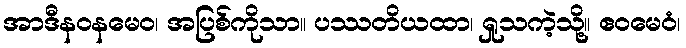
အာဒီနဝနမေဝ၊ အပြစ်ကိုသာ။ ပဿတိယထာ၊ ရှုသကဲ့သို့။ ဧဝမေဝံ၊